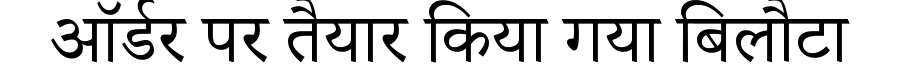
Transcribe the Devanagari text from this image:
ऑर्डर पर तैयार किया गया बिलौटा